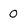
Character: 0